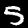
Digit: 5